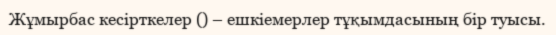
Жұмырбас кесірткелер () – ешкіемерлер тұқымдасының бір туысы.